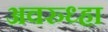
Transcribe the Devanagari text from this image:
अवरुध्हा